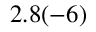
2 . 8 ( - 6 )